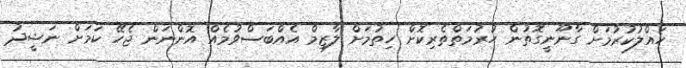
ހައްލުކުރުމަށް ގާނޫނީގޮތުން ހުރުމަތްތެރިކޮށް ހިތުމަށް ލާޒިމް އެއްބަސްވުމެއް އޮންނަން ޖެހޭ ކަމަށް ނަޝީދު